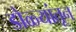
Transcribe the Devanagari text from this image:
डोळ्यांतून